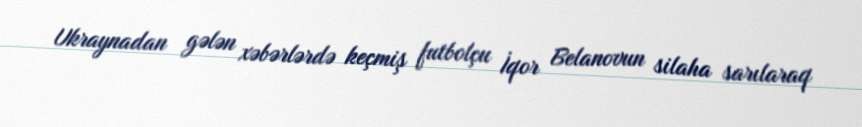
Ukraynadan gələn xəbərlərdə keçmiş futbolçu İqor Belanovun silaha sarılaraq